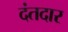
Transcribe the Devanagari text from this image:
दंतदार